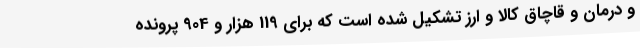
و درمان و قاچاق کالا و ارز تشکیل شده است که برای 119 هزار و 904 پرونده